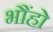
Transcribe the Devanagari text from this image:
भौंहो